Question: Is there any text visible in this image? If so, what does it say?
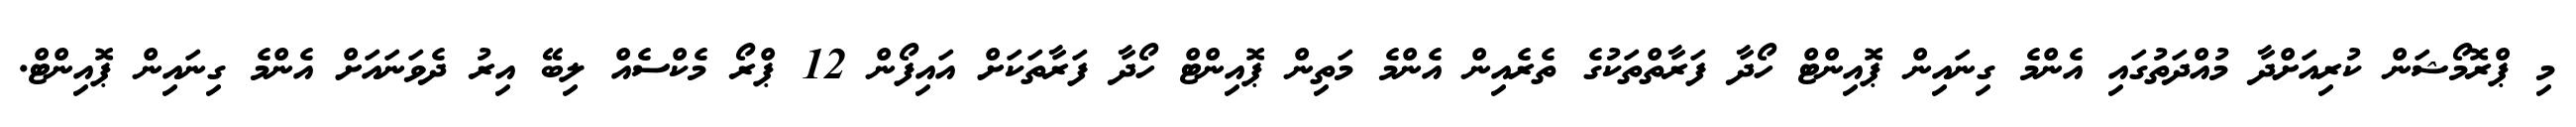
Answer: މި ޕްރޮމޯޝަން ކުރިއަށްދާ މުއްދަތުގައި އެންމެ ގިނައިން ޕޮއިންޓް ހޯދާ ފަރާތްތަކުގެ ތެރެއިން އެންމެ މަތިން ޕޮއިންޓް ހޯދާ ފަރާތަކަށް އައިފޯން 12 ޕްރޯ މެކްސެއް ލިބޭ އިރު ދެވަނައަށް އެންމެ ގިނައިން ޕޮއިންޓް.